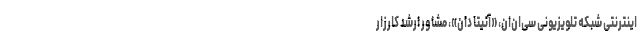
اینترنتی شبکه تلویزیونی سی‌ان‌ان، «آنیتا دان»، مشاور ارشد کارزار